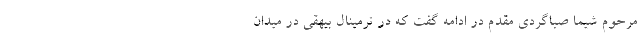
مرحوم شیما صباگردی مقدم در ادامه گفت که در ترمینال بیهقی در میدان